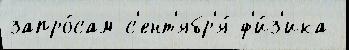
запро́сам с'ент'ябр'я́ ф'и́з'ика